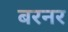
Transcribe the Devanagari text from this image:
बरनर